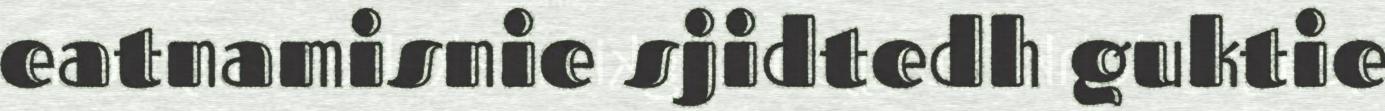
eatnamisnie sjidtedh guktie